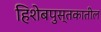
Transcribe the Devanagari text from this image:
हिशेबपुस्तकातील